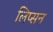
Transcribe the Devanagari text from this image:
लिप्सन